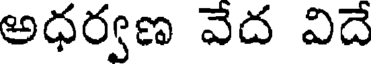
అధర్వణ వేద విదే